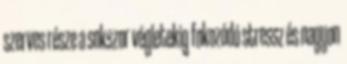
szerves része a sokszor végletekig fokozódó stressz és nagyon